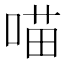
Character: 喵